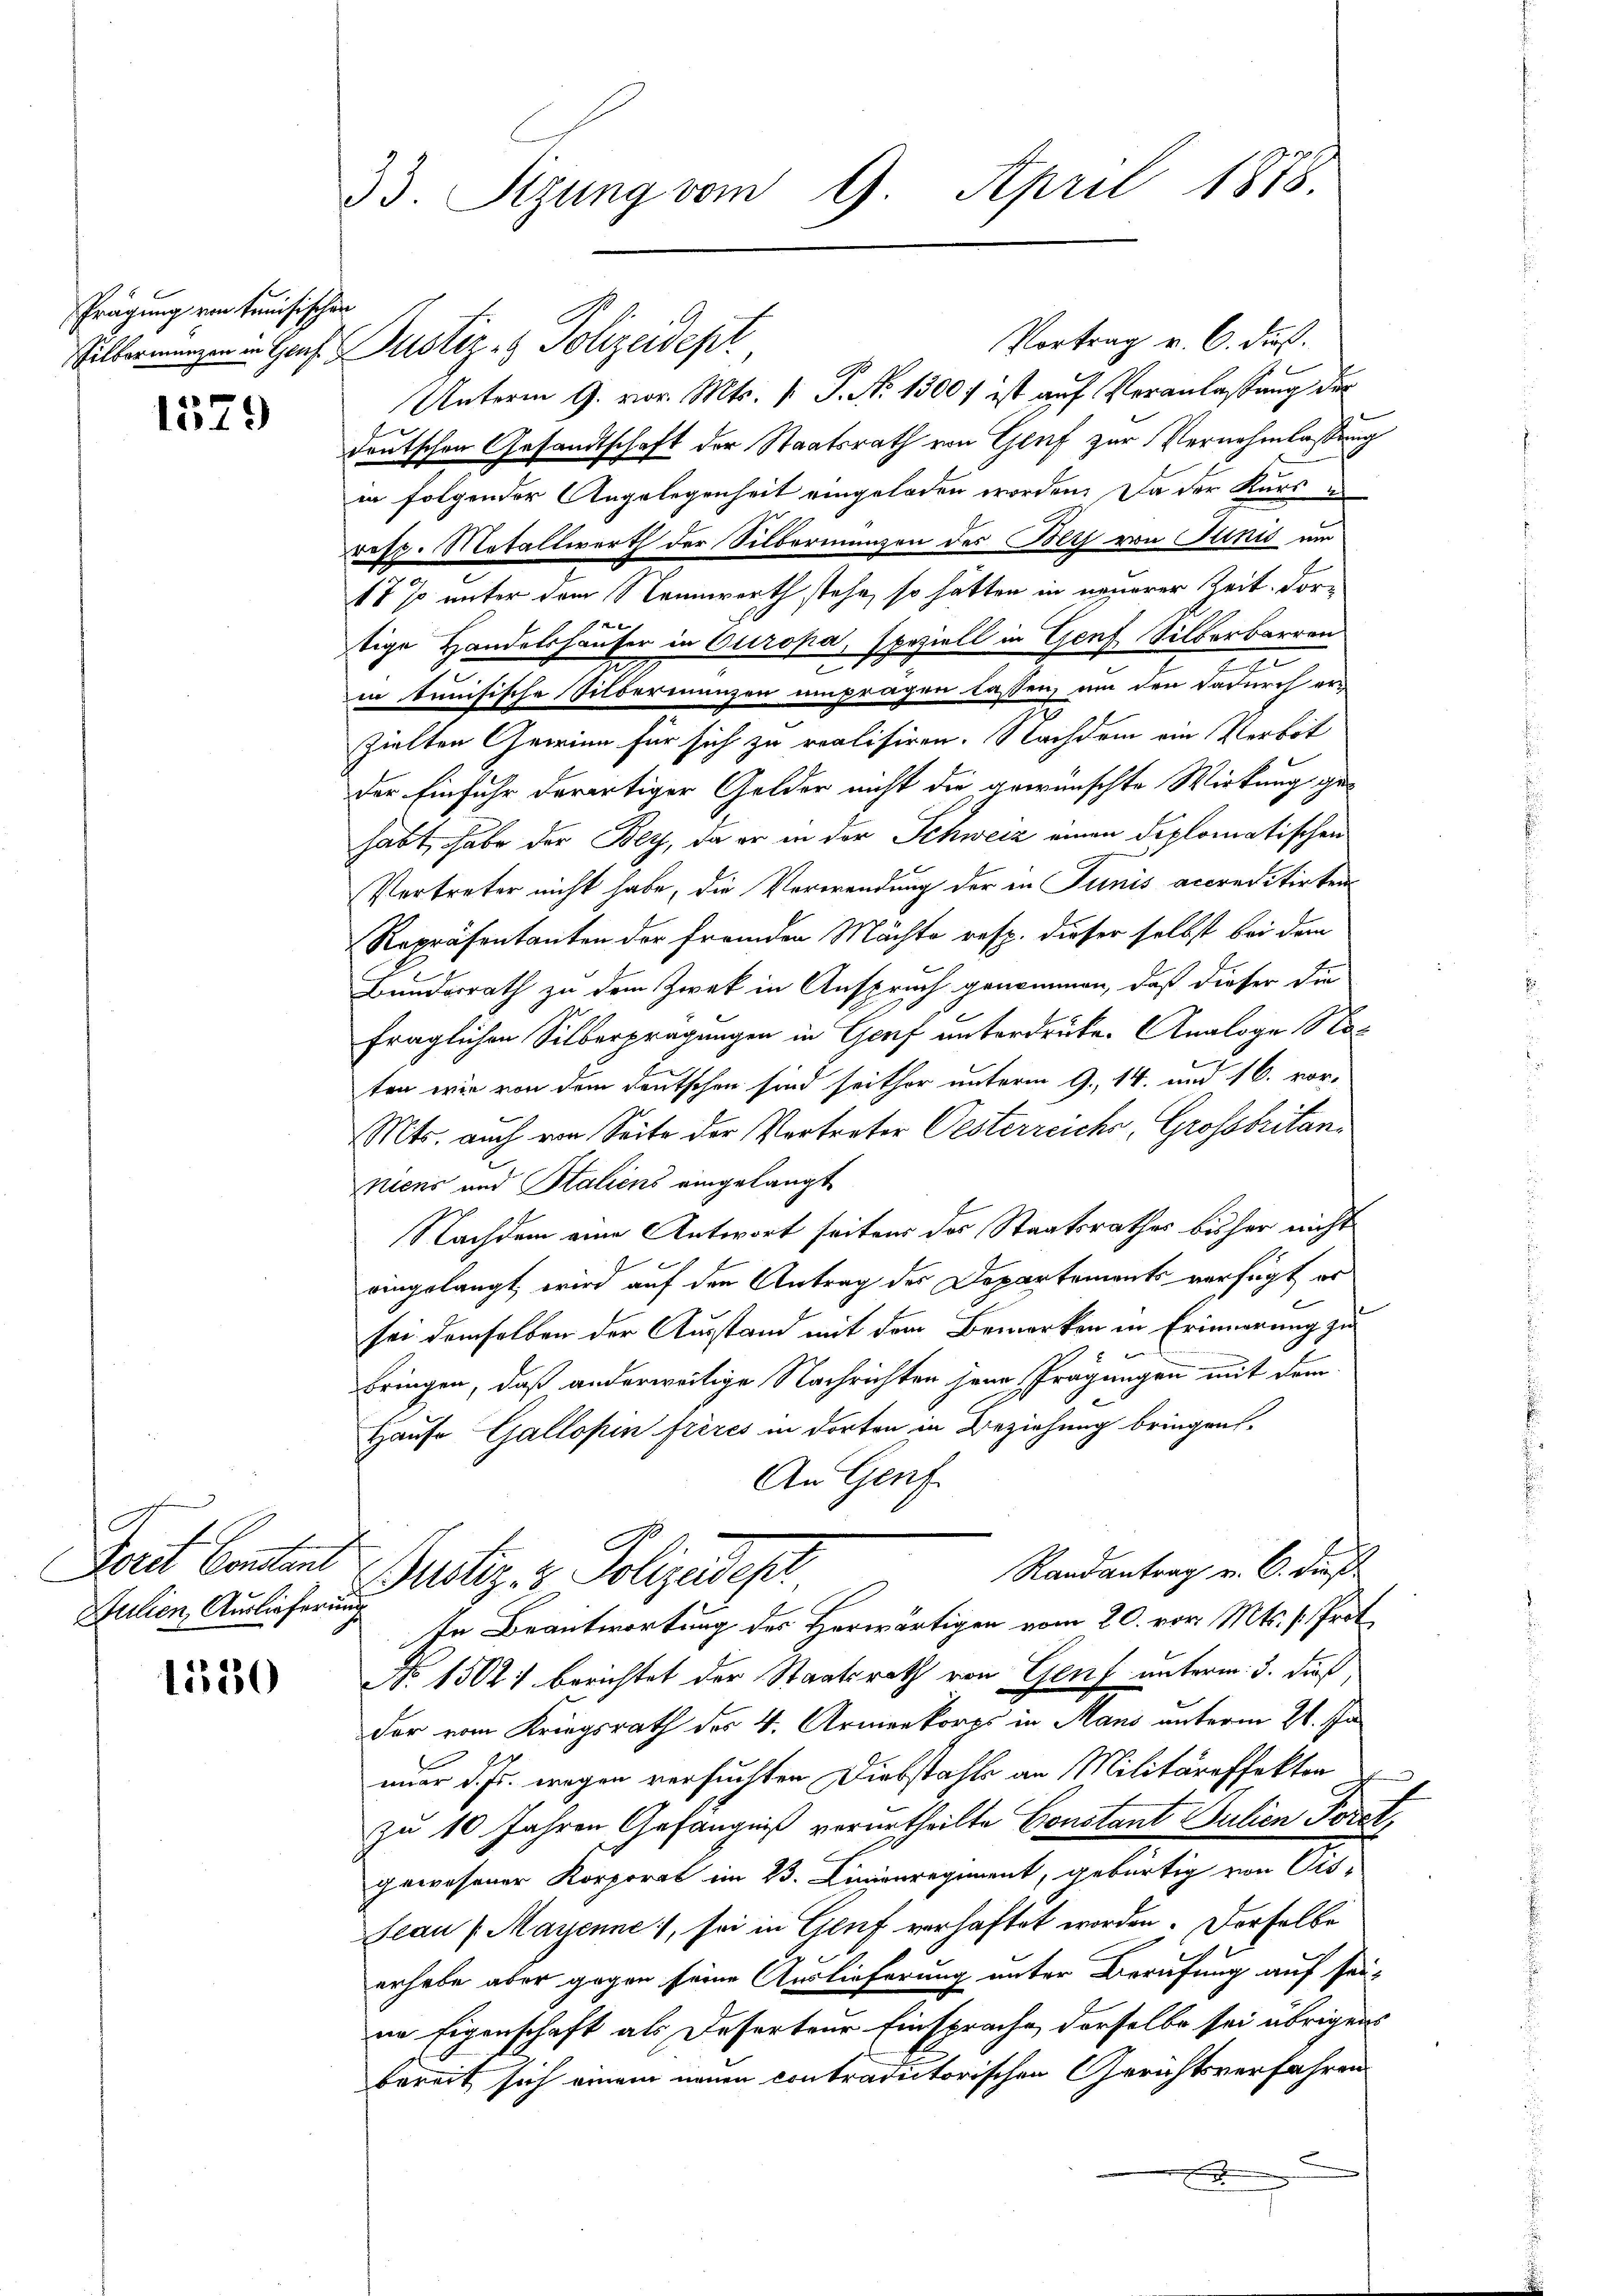
Prägung von Kreisischen

1579

Foret Constant
Julien, Auslieferung

1550

33. Sizung vom 9. April 1878

Silbermangen in Hans Justiz- & Polizeidept

Vortrag v. 6. dieß.
Unterm 9. vor. Mts. (: P. Nr. 1300 f ist auf Veranlassung der
deutschen Gesandtschaft der Staatsrath von Genf zur Vernehmlassung
in folgender Angelegenheit eingeladen worden. Da der Kurse
resp. Metallwerth der Silbernungen des Bolt von Tunis um
11 % unter dem Nennwerth stehe, so hätten in neuerer Zeit. For-
tige Handelshäuser in Europa, speziell in Genf Silberbarren
n
c
in simisische Silberinanzen unpragen lassen, um den dadurch er-
zielten Gewinn für sich zu realisiren. Nachdem ein Verbot
der Einfuhr derartiger Gelder nicht die gewünschte Wirkung gehabt, habe der Bey, da er in der Schweiz einen diplomatischen
Vertreter nicht habe, die Verwendung der in Junis accreditirten
Repräsentanten der fremden Mächte resp. dieser selbst bei dem
Bunderrath zu dem Zwek in Anspruch genommen, daß dieser die
fraglichen Silberprägungen in Genf unterdrüke. Analoge Stoc
ten wie von dem Deutschen sind seithor unterm 9. 14. und 16. vor-
Mts. auch von Seite der Vortreter Oesterreichs, Grossbritanniens und Staliens eingelangt
Nachdem eine Antwort seitens des Staatsrathes bisher nicht
eingelangt, wird auf den Antrag des Departements verfügt er
sei demselben der Ausstand mit dem Bemerken in Erinnerung zu
bringen, daß anderweitige Nachrichten jene Frägungen mit dem
Hause Gallopin frères in dorten in Beziehung bringen-
An Genf
Randantrag v. 6. dieß
Justiz- & Polizeidest
In Beantwortung des Herwärtigen vom 20. vor. Mts. s. Prot
No 1302) berichtet der Staatsrath von Genf unterm 3. dieß,
der vom Kriegsrath der 4. Armenkorps in Mans unterm 21. Januar d. Js. wegen versuchten Diebstahls an Militäreffekten
d
zu 10 Jahren Gefängniß verurtheilte Constant Julien Forch,
gewesener Korporat im 23. Linienregiment, gebürtig von Vis-
Seau (Mayenne, sei in Genf verhaftet worden. Derselbe
erhabe aber gegen seine Auslieferung unter Berufung auf seinn Eigenschaft als Deserteur Einsprache derselbe sei übrigens
bereit sich einem neuen contradictorischen Gerichtsverfahren